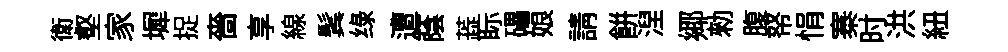
衛壑家墀捉嗇享線鬂绿遭蔭蕋眎礧娘請餅湼鄊勑腹帑悁寨时洪紐